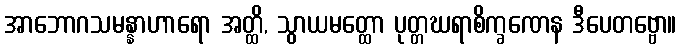
အာဘောဂသမန္နာဟာရော အတ္ထိ, သွာယမတ္ထော ပုတ္တဃရာစိက္ခဏေန ဒီပေတဗ္ဗော။